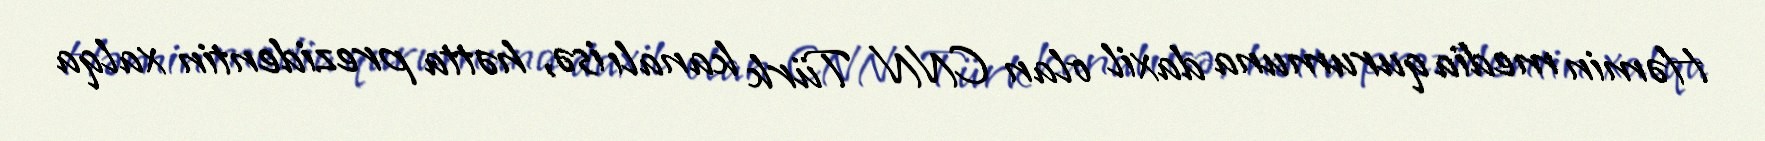
Həmin media qurumuna daxil olan CNN Türk kanalı isə, hətta prezidentin xalqa